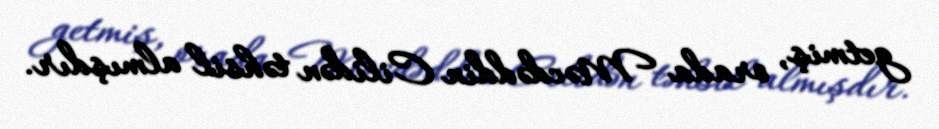
getmiş, orada Məcdəddin Cilidən təhsil almışdır.